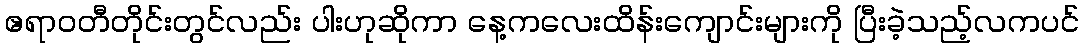
ဧရာဝတီတိုင်းတွင်လည်း ပါးဟုဆိုကာ နေ့ကလေးထိန်းကျောင်းများကို ပြီးခဲ့သည့်လကပင်